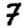
Digit: 7